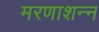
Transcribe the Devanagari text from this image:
मरणाशन्‍न